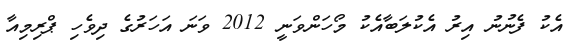
އެކު ފެނުނު އިރު އެކުލަބާއެކު މޯހަންވަނީ 2012 ވަނަ އަހަރުގެ ދިވެހި ޕްރިމިއާ